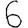
Digit: 6